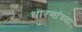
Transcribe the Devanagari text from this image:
धारणांच्या